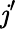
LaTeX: \mathit{j}^{\prime}